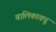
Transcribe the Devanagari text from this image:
बालिकावधू